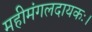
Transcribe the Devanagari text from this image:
महीमंगलदायकः।